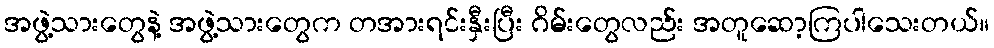
အဖွဲ့သားတွေနဲ့ အဖွဲ့သားတွေက တအားရင်းနှီးပြီး ဂိမ်းတွေလည်း အတူဆော့ကြပါသေးတယ်။